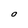
Character: o